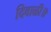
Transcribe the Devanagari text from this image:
दिवाळी॥